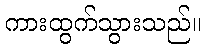
ကားထွက်သွားသည်။